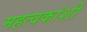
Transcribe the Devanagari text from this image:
महत्वकांशी